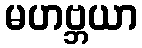
မဟဗ္ဘယာ